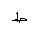
Letter: _da